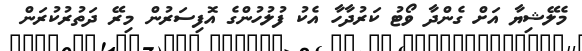
މެލޭޝިޔާ އަށް ގެންދާ ވޯޓު ކަރުދާހާ އެކު ފުލުހުންގެ އޮފިސަރުން މިރޭ ދަތުރުކުރަން